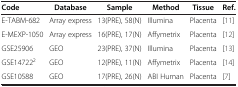
<table><thead><tr><td><b>Code</b></td><td><b>Database</b></td><td><b>Sample</b></td><td><b>Method</b></td><td><b>Tissue</b></td><td><b>Ref.</b></td></tr></thead><tbody><tr><td>E-TABM-682</td><td>Array express</td><td>13(PRE), 58(N)</td><td>Illumina</td><td>Placenta</td><td>[11]</td></tr><tr><td>E-MEXP-1050</td><td>Array express</td><td>16(PRE), 17(N)</td><td>Affymetrix</td><td>Placenta</td><td>[12]</td></tr><tr><td>GSE25906</td><td>GEO</td><td>23(PRE), 37(N)</td><td>Illumina</td><td>Placenta</td><td>[13]</td></tr><tr><td>GSE14722<sup>2</sup></td><td>GEO</td><td>12(PRE), 11(N)</td><td>Affymetrix</td><td>Placenta</td><td>[14]</td></tr><tr><td>GSE10588</td><td>GEO</td><td>17(PRE), 26(N)</td><td>ABI Human</td><td>Placenta</td><td>[7]</td></tr></tbody></table>